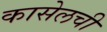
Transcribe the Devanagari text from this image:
कासेलची